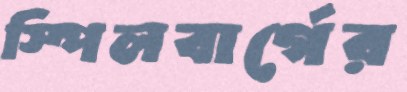
স্পিলবার্গের